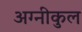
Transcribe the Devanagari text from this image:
अग्‍नीकुल